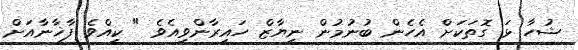
ޝުހާ ޅަ ގޮތަކަށް އެހެން ބުނުމުން ނިޔާޒް ހައިރާންވިއެވެ " ކީއްވެ ފާޚާނާއަށް